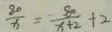
\frac { 8 0 } { x } = \frac { 8 0 } { x + 2 } + 2